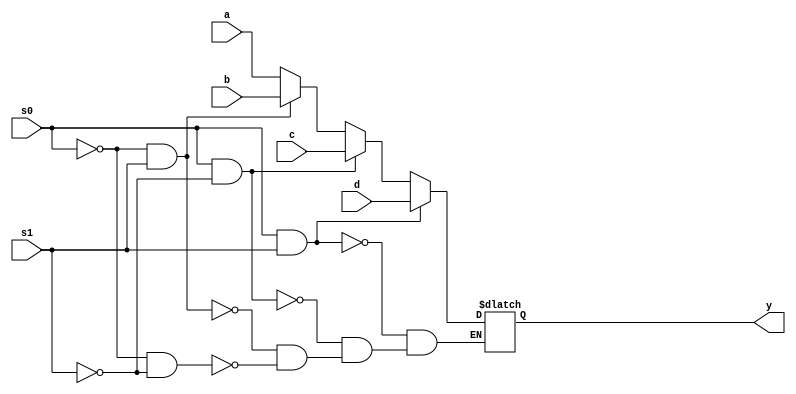
`timescale 1ns / 1ps


module mux4by1(input a,b,c,d,s0,s1,output reg y);
always@(a,b,c,d,s0,s1)
begin
if(s0==0 && s1==0) 
y=a;
if(s0==0 && s1==1) 
y=b;
if(s0==1 && s1==0) 
y=c;
if(s0==1 && s1==1) 
y=d;
end
endmodule
module mux(input a,b,en, output reg y);
always@(a,b,en)
begin
if(en)
y=b;
else
y=a;
end
endmodule

module muxusingmux(input [7:0] a,input [2:0] s,output y);
wire [3:0] w;
assign w[2]=0;
mux4by1 u1(a[0],a[1],a[2],a[3],s[1],s[0],w[0]);
mux4by1 u2(a[4],a[5],a[6],a[7],s[1],s[0],w[1]);
mux u3(w[0],w[1],s[2],y);
endmodule